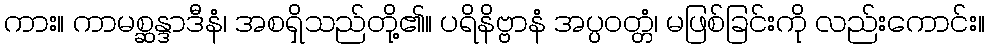
ကား။ ကာမစ္ဆန္ဒာဒီနံ၊ အစရှိသည်တို့၏။ ပရိနိဗ္ဗာနံ အပ္ပဝတ္တံ၊ မဖြစ်ခြင်းကို လည်းကောင်း။